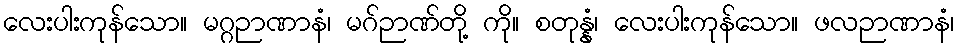
လေးပါးကုန်သော။ မဂ္ဂဉာဏာနံ၊ မဂ်ဉာဏ်တို့ ကို။ စတုန္နံ၊ လေးပါးကုန်သော။ ဖလဉာဏာနံ၊